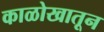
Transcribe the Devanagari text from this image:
काळोखातून